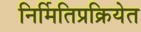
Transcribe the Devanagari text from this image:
निर्मितिप्रक्रियेत